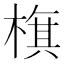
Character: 𣗍